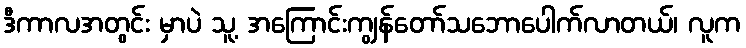
ဒီကာလအတွင်း မှာပဲ သူ့ အကြောင်းကျွန်တော်သဘောပေါက်လာတယ်၊ လူက